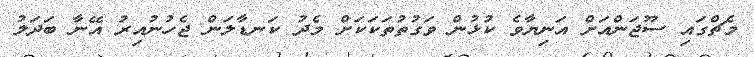
މެޗްގައި ސޫޖަންއަށް އަނިޔާވެ ކުޅުން ވަގުތުތަކަކަށް މެދު ކަނޑާލަން ޖެހުނުއިރު އޭނާ ބަދަލު